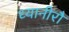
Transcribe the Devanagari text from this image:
ध्यानीरौ